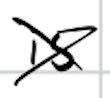
Text: is
Cross-out: cross
Writing tool: digital_black